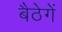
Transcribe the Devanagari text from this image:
बैठेगें